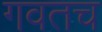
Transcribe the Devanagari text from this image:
गवतच